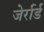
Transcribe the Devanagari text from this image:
जेर्रार्ड